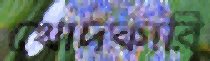
খোদকারি